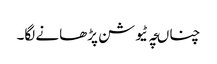
چناںچہ ٹیوشن پڑھانے لگا۔